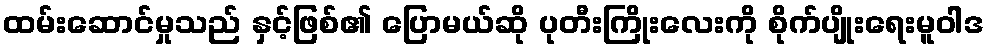
ထမ်းဆောင်မှုသည် နှင့်ဖြစ်၏ ပြောမယ်ဆို ပုတီးကြိုးလေးကို စိုက်ပျိုးရေးမူဝါဒ